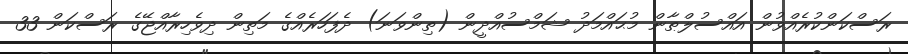
ރަސްކަންކުރެއްވުން އައްސުލްޠާން މުޙައްމަދު ޝަމްސުއްދީން (ތިންވަނަ) ދެފަހަރެއްގެ މަތިން ދިވެހިރާއްޖޭގެ ރަސްކަން 33